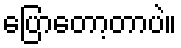
ပြောတော့တာပဲ။